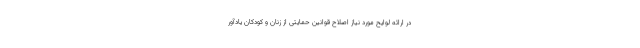
در ارائه لوایح مورد نیاز اصلاح قوانین حمایتی از زنان و کودکان یادآور